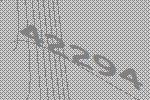
42294